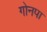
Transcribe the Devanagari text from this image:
गोनपा